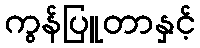
ကွန်ပြူတာနှင့်